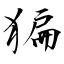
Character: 猵